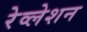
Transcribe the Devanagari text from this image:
रेव्लेशन